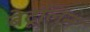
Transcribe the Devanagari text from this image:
बेटूलिन